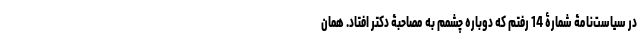
در سیاست‌نامۀ شمارۀ 14 رفتم که دوباره چشمم به مصاحبۀ دکتر افتاد. همان